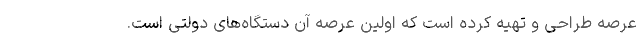
عرصه طراحی و تهیه کرده است که اولین عرصه آن دستگاه‌های دولتی است.